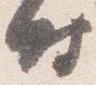
時